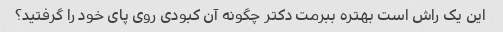
این یک راش است بهتره ببرمت دکتر چگونه آن کبودی روی پای خود را گرفتید؟